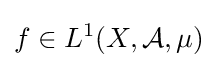
f\in L^{1}(X,{\mathcal {A}},\mu )